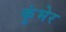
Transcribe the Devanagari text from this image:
कुंभेर